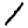
Digit: 1